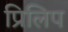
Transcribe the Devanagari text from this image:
प्रिलिप